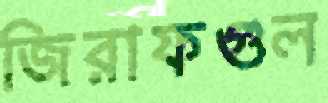
জিরাফগুল